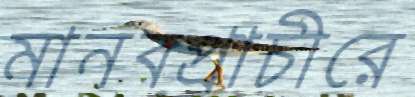
মানবপ্রাচীরে